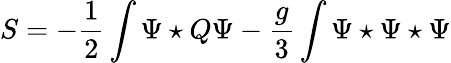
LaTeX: S=-\frac{1}{2}\int\Psi\star Q\Psi-\frac{g}{3}\int\Psi\star\Psi\star\Psi